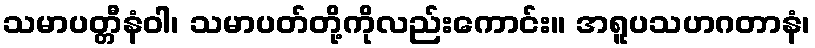
သမာပတ္တီနံဝါ၊ သမာပတ်တို့ကိုလည်းကောင်း။ အရူပသဟဂတာနံ၊